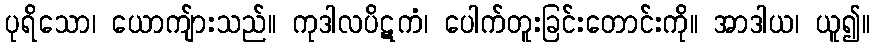
ပုရိသော၊ ယောကျ်ားသည်။ ကုဒါလပိဋကံ၊ ပေါက်တူးခြင်းတောင်းကို။ အာဒါယ၊ ယူ၍။